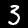
Label: 3